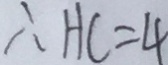
\therefore H C = 4